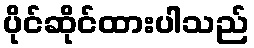
ပိုင်ဆိုင်ထားပါသည်